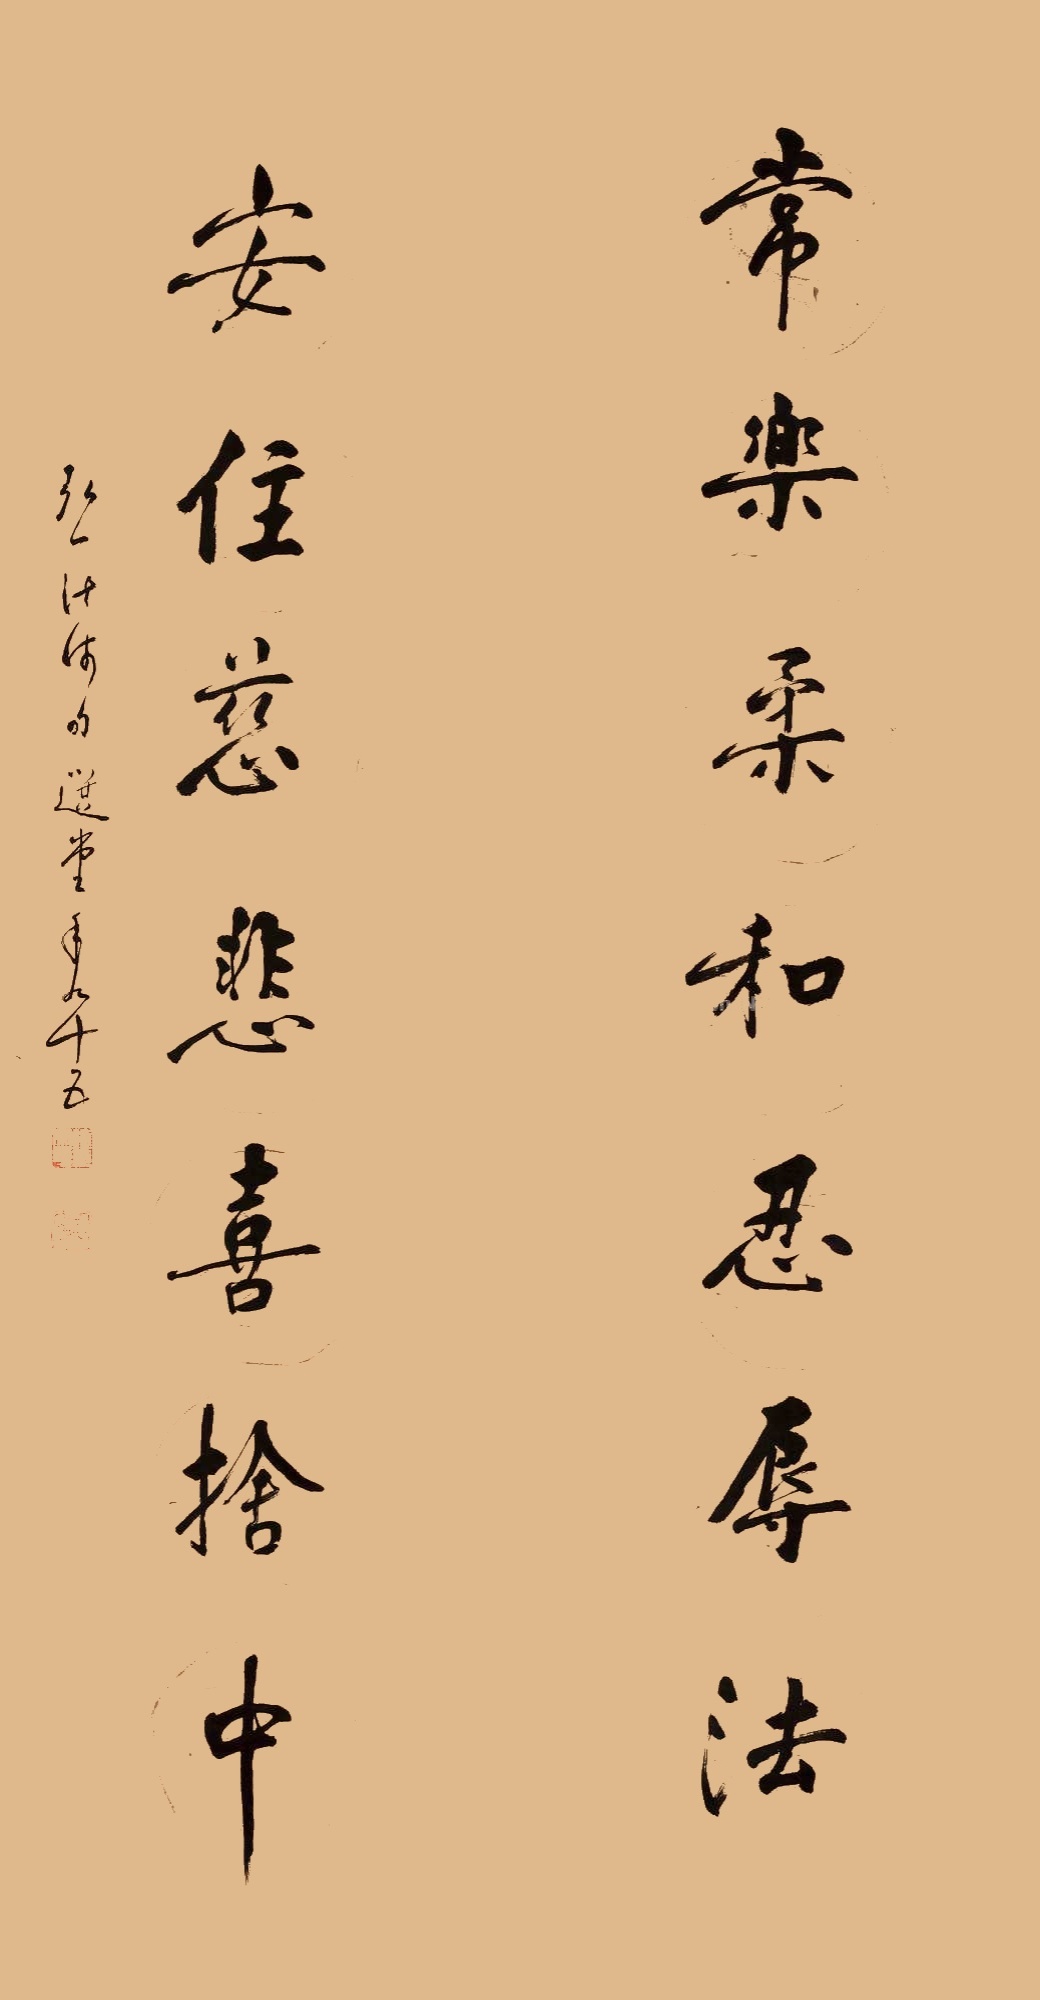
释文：常乐柔和忍辱法，安住慈悲喜舍中。弘一法师句，选堂年九十五。